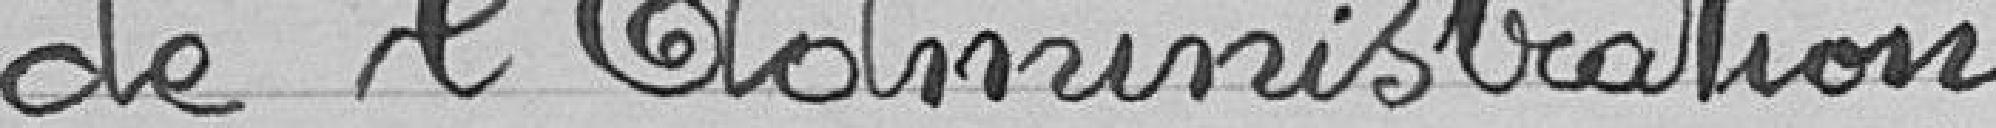
de l'Administration